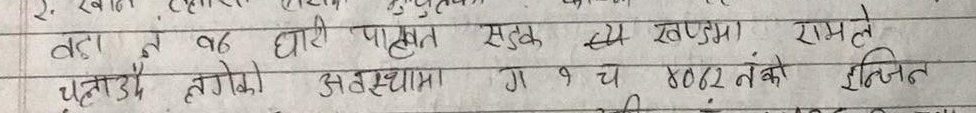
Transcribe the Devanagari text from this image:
वडा त वढ घारी पाखत सडक त्यो खण्डमा रामले
चुनादै लागो अवस्थामा ग १ च ४०६२ नं न्जिन